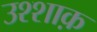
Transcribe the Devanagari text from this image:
उश्शाक़